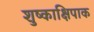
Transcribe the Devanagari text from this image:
शुष्काक्षिपाक